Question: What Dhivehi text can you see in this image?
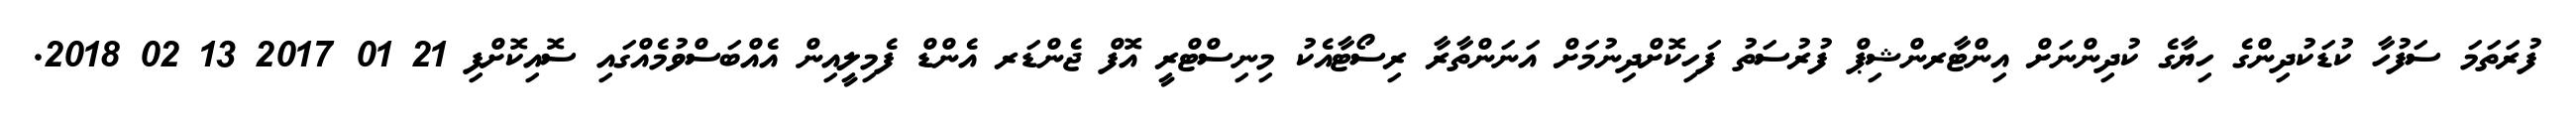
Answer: ފުރަތަމަ ސަފުހާ ކުޑަކުދިންގެ ހިޔާގެ ކުދިންނަށް އިންޓާރންޝިޕް ފުރުސަތު ފަހިކޮށްދިނުމަށް އަނަންތާރާ ރިސޯޓާއެކު މިނިސްޓްރީ އޮފް ޖެންޑަރ އެންޑް ފެމިލީއިން އެއްބަސްވުމެއްގައި ސޮއިކޮށްފި 21 01 2017 13 02 2018.